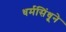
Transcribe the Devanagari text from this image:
धर्मसिंधूने